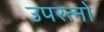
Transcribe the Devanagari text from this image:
उपरत्नो